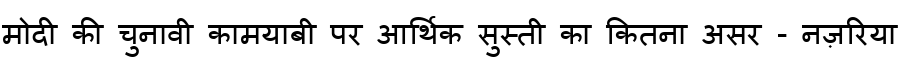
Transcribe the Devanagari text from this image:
मोदी की चुनावी कामयाबी पर आर्थिक सुस्ती का कितना असर - नज़रिया